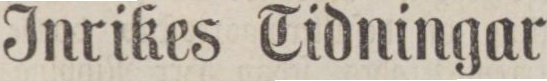
Inrikes Tidningar.